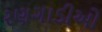
રણગાડીઓ